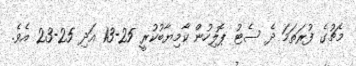
މެޗުގެ ފުރަތަމަ ދެ ސެޓު ޕޮލިހުން ކާމިޔާބުކުރީ 25-13 އަދި 25-23 އެވެ.